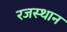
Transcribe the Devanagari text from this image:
रजस्थान